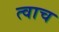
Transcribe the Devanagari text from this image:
त्वाच